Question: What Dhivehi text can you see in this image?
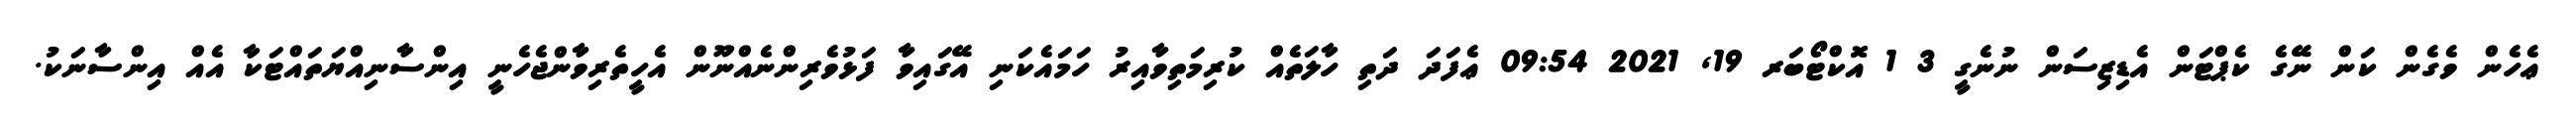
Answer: ޢެހެން ވެގެން ކަން ނޭގެ ކެޕްޓަން އެޑިޒިސަން ނުނެގީ 3 1 އޮކްޓޯބަރ 19, 2021 09:54 ޢެފަދަ ދަތި ހާލަތެއް ކުރިމަތިވާއިރު ހަމައެކަނި އޭގައިވާ ފަޅުވެރިންނެއްނޫން އެހީތެރިވާންޖެހެނީ އިންސާނިއްޔަތައްޓަކާ އެއް އިންސާނަކު.